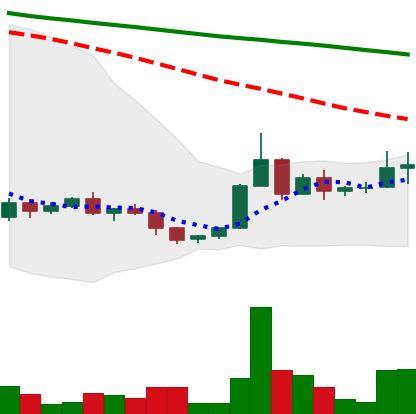
Ticker: ADA-USD
Chart end date: 2022-06-07
Forward return: -19.268%
Label: down_7plus